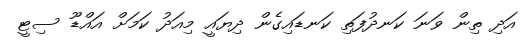
އަދި ތިން ވަނަ ކަނދުފަތި ކަނޑައިގެން ދިޔައީ މިއަދު ކަމަށް އައްޑޫ ސިޓީ